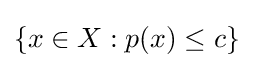
\{x\in X:p(x)\leq c\}